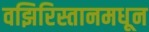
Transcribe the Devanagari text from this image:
वझिरिस्तानमधून